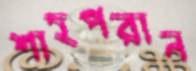
শাহপরান